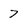
Character: 7